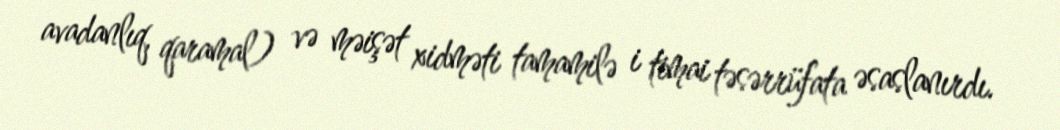
avadanlıq, qaramal) və məişət xidməti tamamilə i timai təsərrüfata əsaslanırdı.